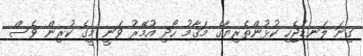
ގިނަ ލަނޑުޖެހި ކުޅުންތެރިޔާގެ މަޤާމު ހޯދި އުމޭރު ވަނީ މީގެ ކުރިން ވެސް